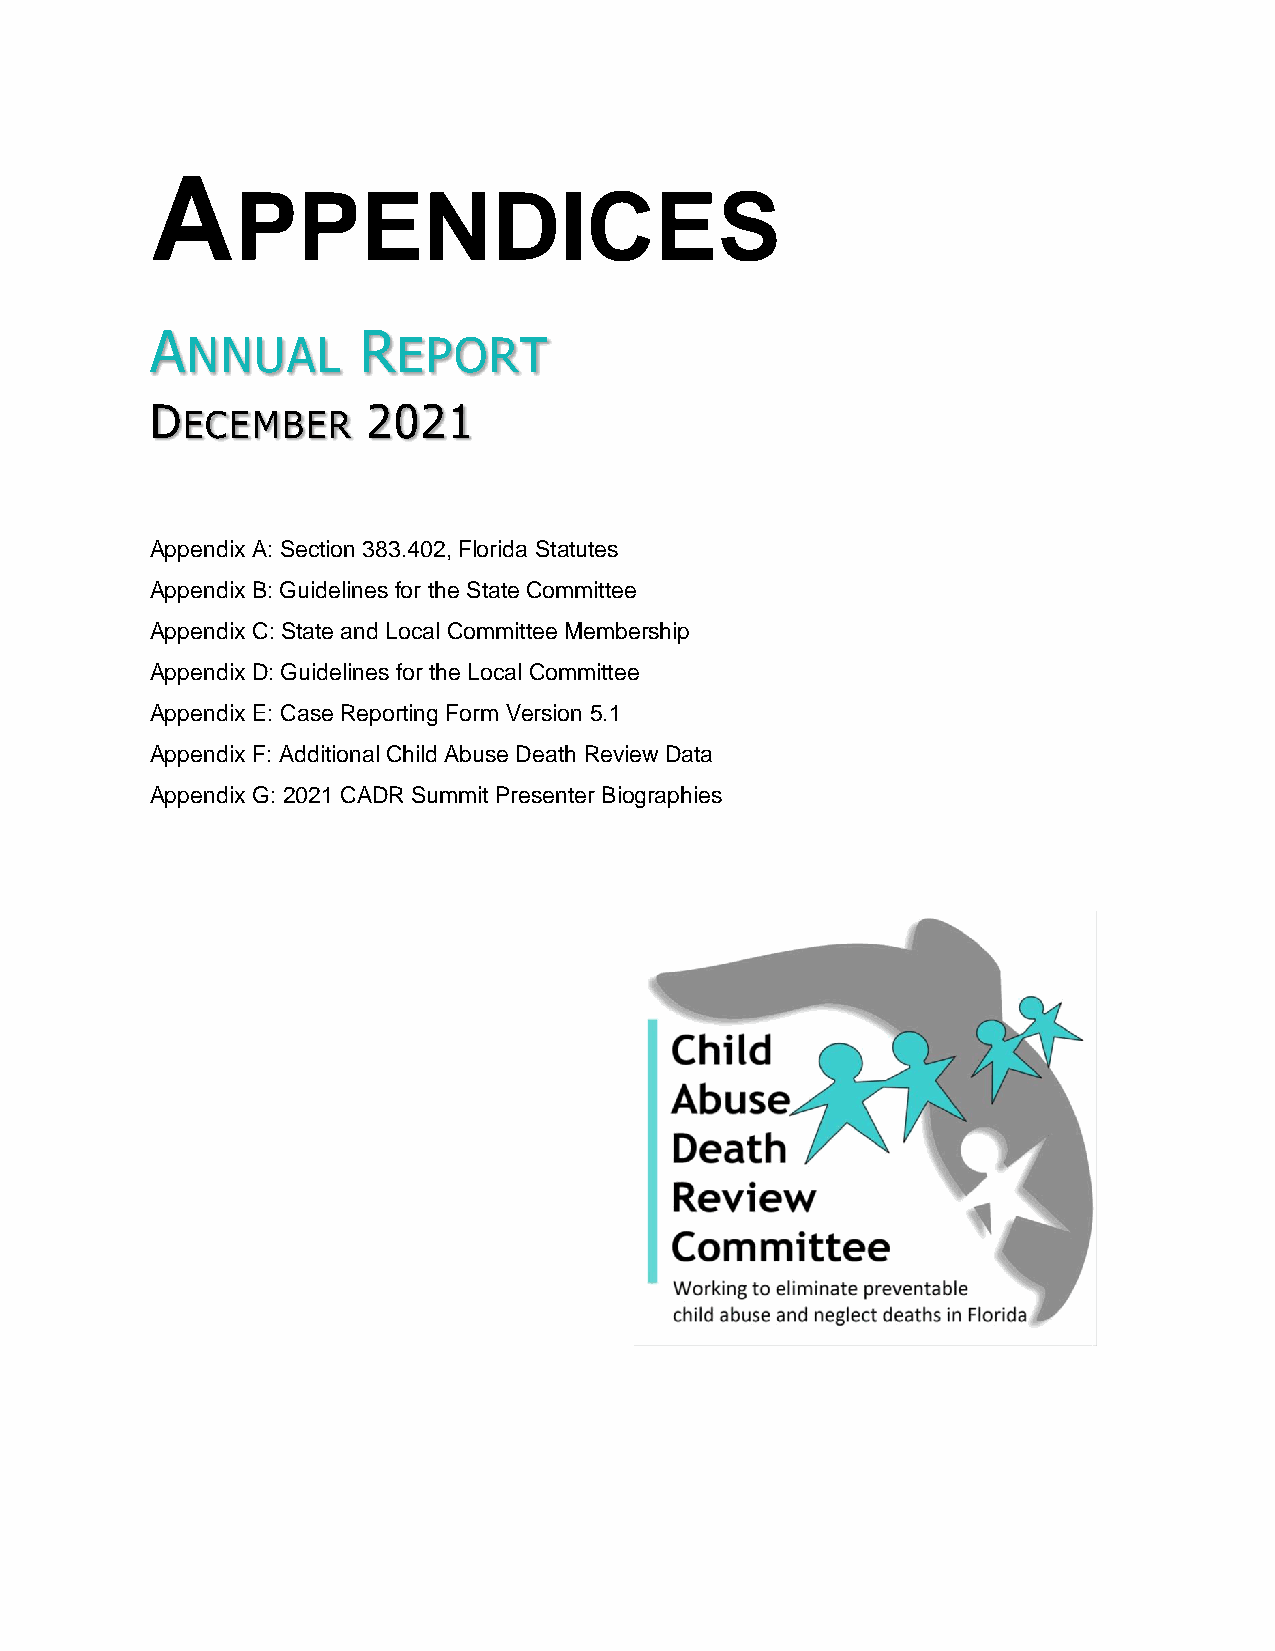
A
 PPENDICES
 A             R
 NNUAL         EPORT
 D             2021
 ECEMBER
 Appendix A: Section 383.402, Florida Statutes
 Appendix B: Guidelines for the State Committee
 Appendix C: State and Local Committee Membership
 Appendix D: Guidelines for the Local Committee
 Appendix E: Case Reporting Form Version 5.1
 Appendix F: Additional Child Abuse Death Review Data
 Appendix G: 2021 CADR Summit Presenter Biographies